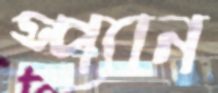
স্প্যান